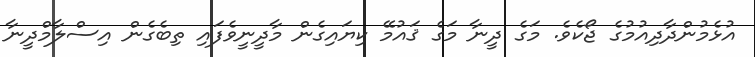
އުޅެމުންދާދިއުމުގެ ޖޯކެވެ. މަގެ ދީނާ މަގެ ޤައުމޭ ކިޔައިގެން މާދީނީވެފައި ތިބެގެން އިސްލާމްދީނާ